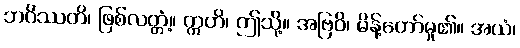
ဘဝိဿတိ၊ ဖြစ်လတ္တံ့။ ဣတိ၊ ဤသို့။ အဗြဝိ၊ မိန့်တော်မူ၏။ အယံ၊